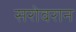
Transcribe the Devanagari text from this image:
सरोवरान